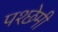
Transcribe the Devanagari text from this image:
पश्छेमी